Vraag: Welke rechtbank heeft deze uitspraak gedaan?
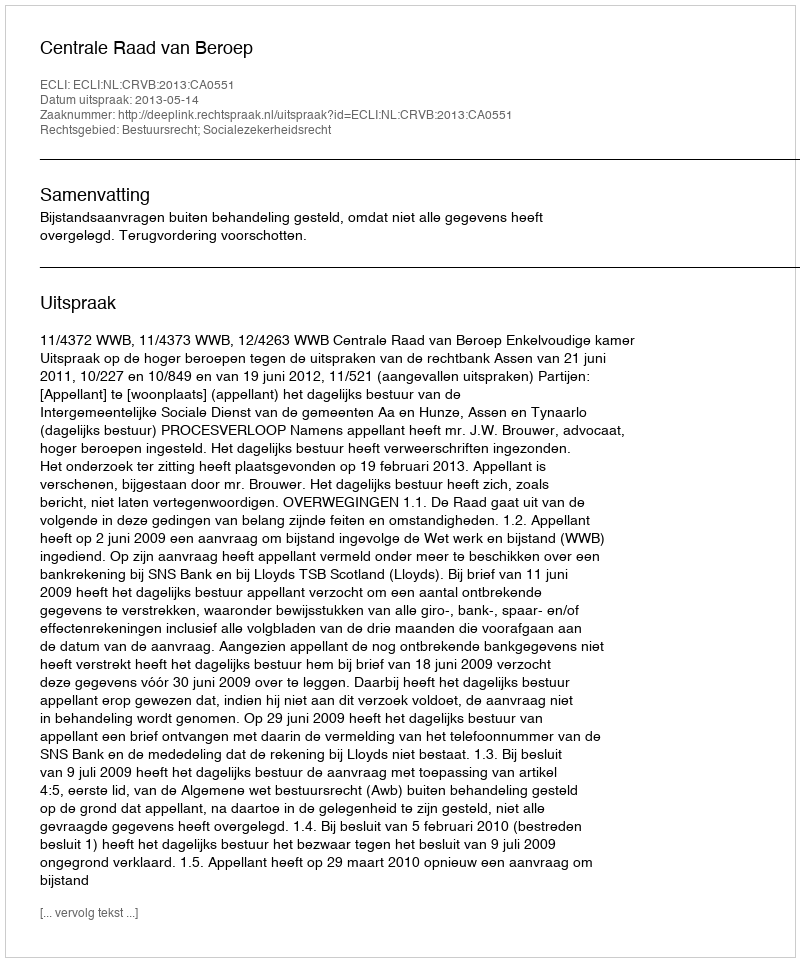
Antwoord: Centrale Raad van Beroep